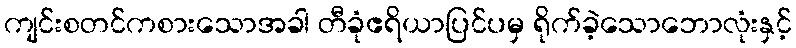
ကျင်းစတင်ကစားသောအခါ တီခုံဧရိယာပြင်ပမှ ရိုက်ခဲ့သောဘောလုံးနှင့်